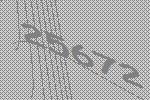
25672